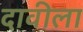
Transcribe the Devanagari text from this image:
दावीला